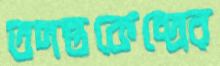
তদন্তকেন্দ্রের